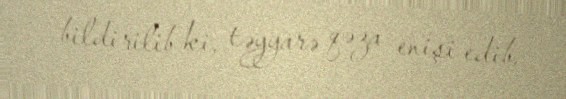
bildirilib ki, təyyarə qəza enişi edib.